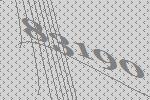
83190